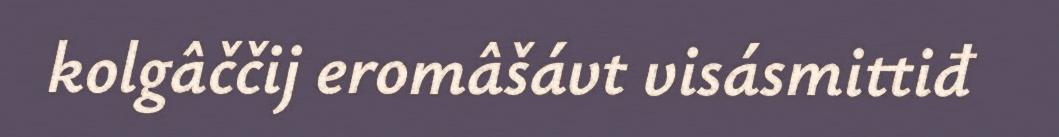
kolgâččij eromâšávt visásmittiđ